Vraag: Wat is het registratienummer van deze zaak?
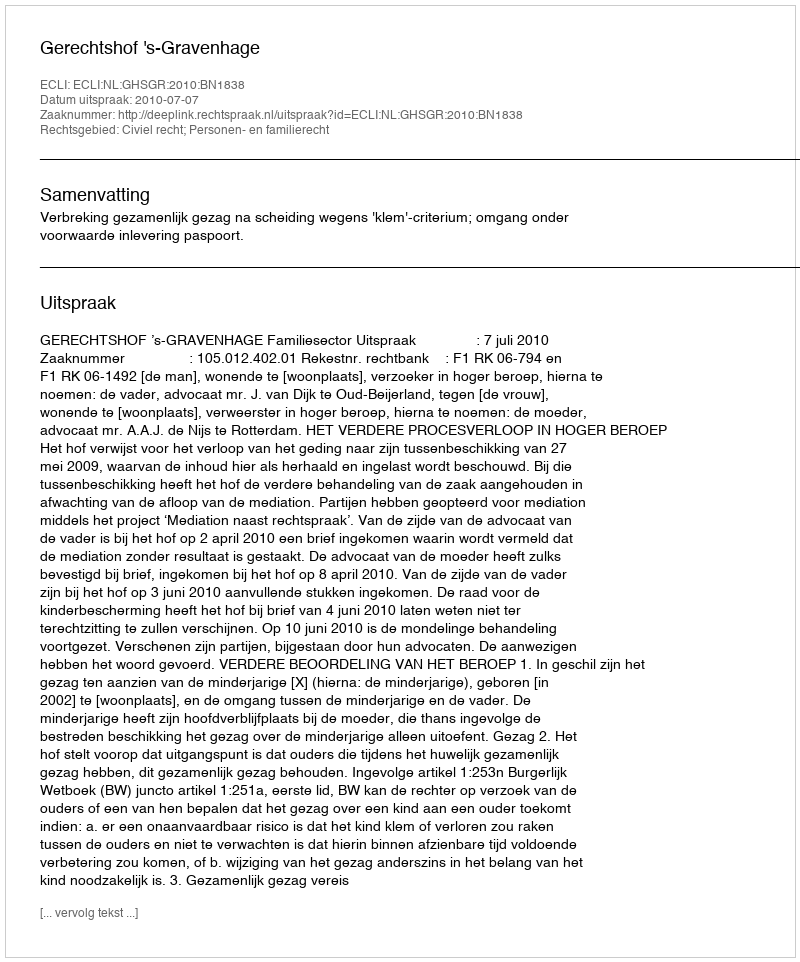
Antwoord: http://deeplink.rechtspraak.nl/uitspraak?id=ECLI:NL:GHSGR:2010:BN1838